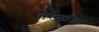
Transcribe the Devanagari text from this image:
वीरेन्द्रजित